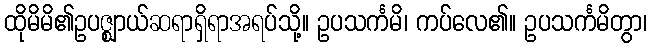
ထိုမိမိ၏ဥပဇ္ဈာယ်ဆရာရှိရာအရပ်သို့။ ဥပသင်္ကမိ၊ ကပ်လေ၏။ ဥပသင်္ကမိတွာ၊